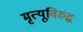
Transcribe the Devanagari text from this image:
मृत्यूविरुद्ध